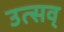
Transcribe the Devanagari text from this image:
उत्सव्